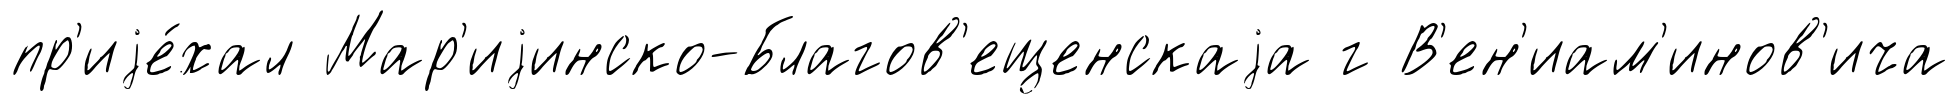
пр'иjе́хал Мар'иjинско-Благов'ещенскаjа г В'ен'иам'инов'ича